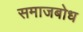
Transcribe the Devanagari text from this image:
समाजबोध